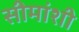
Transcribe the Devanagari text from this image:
सीमांशी